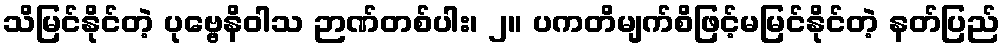
သိမြင်နိုင်တဲ့ ပုဗ္ဗေနိဝါသ ဉာဏ်တစ်ပါး၊ ၂။ ပကတိမျက်စိဖြင့်မမြင်နိုင်တဲ့ နတ်ပြည်